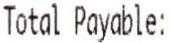
TOTAL PAYABLE: